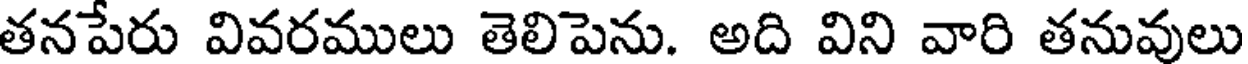
తనపేరు వివరములు తెలిపెను. అది విని వారి తనువులు